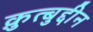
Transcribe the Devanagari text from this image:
क़ुत्बुद्दीन